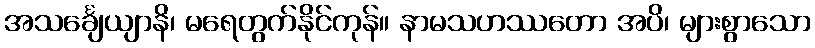
အသင်္ချေယျာနိ၊ မရေတွက်နိုင်ကုန်။ နာမသဟဿတော အပိ၊ များစွာသော